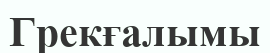
Грекғалымы